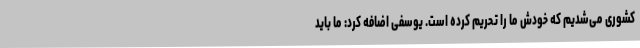
کشوری می‌شدیم که خودش ما را تحریم کرده است. یوسفی اضافه کرد: ما باید